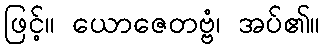
ဖြင့်။ ယောဇေတဗ္ဗံ၊ အပ်၏။